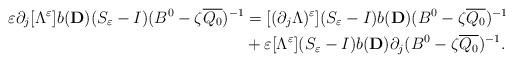
LaTeX: \begin{align*}\varepsilon\partial _j [\Lambda ^\varepsilon ]b(\mathbf{D})(S_\varepsilon -I)(B^0-\zeta\overline{Q_0})^{-1}&=[(\partial _j\Lambda )^\varepsilon ](S_\varepsilon -I)b(\mathbf{D})(B^0-\zeta\overline{Q_0})^{-1}\\&+\varepsilon [\Lambda ^\varepsilon ](S_\varepsilon -I)b(\mathbf{D})\partial _j (B^0-\zeta\overline{Q_0})^{-1}.\end{align*}